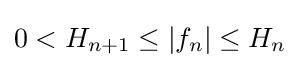
0<H_{n+1}\leq |f_{n}|\leq H_{n}